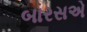
બારસએ